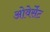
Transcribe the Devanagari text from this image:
ओवेर्सेट